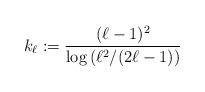
LaTeX: \begin{align*}k_{\ell} := \frac{(\ell-1)^2}{\log \left(\ell^2/(2\ell-1)\right)}\end{align*}